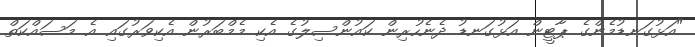
"އަޅުގަނޑުމެންގެ ޕާޓީން އަޅުގަނޑު ދެނެހުރިން ކައުންސިލުގެ އެކި މެމްބަރުން އެކިވަރުގައި އެ މަސައްކަތް